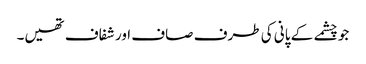
جو چشمے کے پانی کی طرف صاف اور شفاف تھیں۔